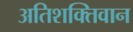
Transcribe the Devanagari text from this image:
अतिशक्तिवान